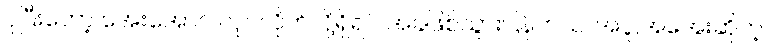
ပိုပြီးတော့ အေးအောင် လုပ်လိုက်လို့ရှိရင် အခဲဖြစ်သွားပြန်တယ်၊ အပူ,အအေးဆိုတဲ့